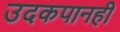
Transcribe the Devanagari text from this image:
उदकपानही